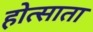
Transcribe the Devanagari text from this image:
होत्साता